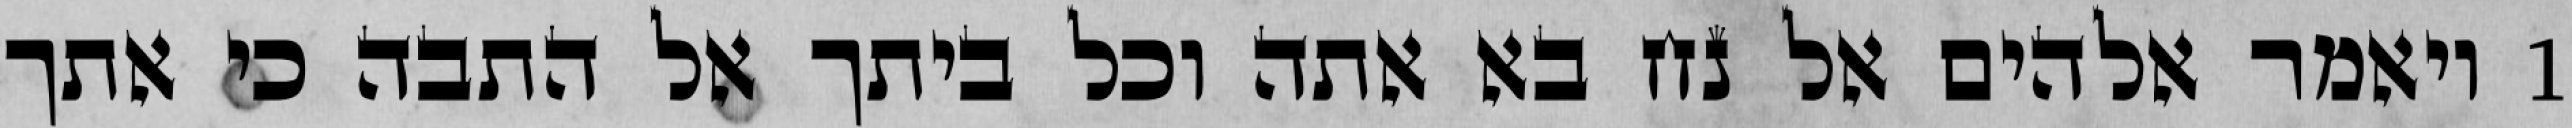
1 ויאמר אלהים אל נח בא אתה וכל ביתך אל התבה כי אתך